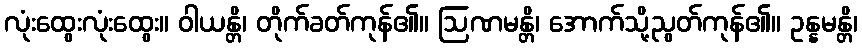
လုံးထွေးလုံးထွေး။ ဝါယန္တိ၊ တိုက်ခတ်ကုန်၏။ ဩဏမန္တိ၊ အောက်သို့ညွတ်ကုန်၏။ ဥန္နမန္တိ၊